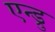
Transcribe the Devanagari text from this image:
एन्ड्रु